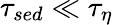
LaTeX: \tau_{sed}\ll\tau_{\eta}